Report on the Civil Veterinary Department, Eastern Bengal and Assam - 1907-1911
Year: 1907
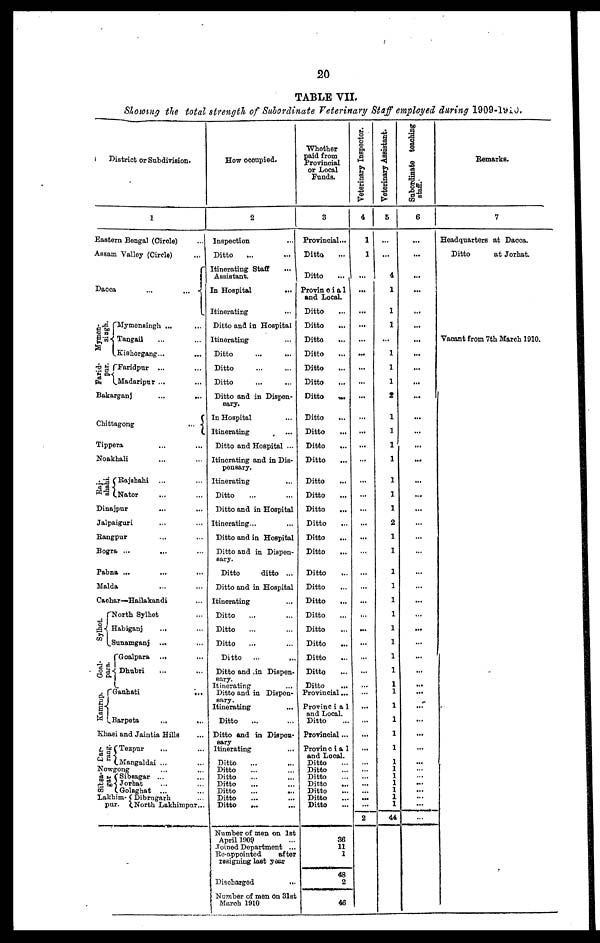
20
TABLE VII.
Slowing the total strength of Subordinate Veterinary Staff employed daring 1909-l910.
District or Subdivision.
1
Eastern Bengal (Circle) …
Assam Valley (Circle)
...
Dacca
...
...
Mymen-
singh.
Farid-
pur.
Mymensingh ... …
Tangail … …
Kishorgang ... …
Faridpur
... …
Madaripur ... …
Bakarganj
...
...
Tippera … …
Noakhali … …
shahi.
Rajshahi
... …
Nater … …
Dinajpur … …
Jalpaiguri … …
Rangpur … …
Bogra ... … …
Pabna ... … …
Malda … …
Cachar—-Hailakandi …
Sylhet.
Goal-
para.
Kamrup.
North Sylhet …
Habiganj
... …
Sunamganj ... …
Goalpara ... …
Dhubri … …
Gauhati
...
Barpeta … …
Khasi and Jaintia Hills …
Dar-
rang.
Tezpur … …
Mangaldai ... …
Nowgong … …
Sibsa-
gar
Sibsagar ... …
Jorhat … …
Golaghat ... …
Lakhim- Dibrugarh …
pur.
North Lakhimpur...
How occupied.
2
Inspection …
Ditto … …
Itinerating Staff
Assistant.
In Hospital
...
Itinerating …
Ditto and in Hospital
Itinerating …
Ditto … …
Ditto … …
Ditto … …
Ditto and in Dispen-
sary.
In Hospital …
Itinerating
Ditto and Hospital ...
Itinerating and in Dis-
pensary.
Itinerating …
Ditto … …
Ditto and in Hospital
Itinerating... …
Ditto and in Hospital
Ditto and in Dispen-
sary.
Ditto
ditto ...
Ditto and in Hospital
Itinerating …
Ditto … …
Ditto … …
Ditto … …
Ditto
... …
Ditto and in Dispen-
sary.
Itinerating …
Ditto and in Dispen-
sary.
Itinerating …
Ditto … …
Ditto and in Dispen-
sary
Itinerating
...
Ditto … …
Ditto … …
Ditto … …
Ditto … …
Ditto … …
Ditto … …
Ditto … …
Number of men on 1st
April 1909 …
Joined Department ...
Re-appointed
after
resigning last year
Discharged …
Number of men on 31st
March 1910
Whether
paid from
Provincial
or Local
Funds.
3
Provincial...
Ditto …
Ditto
...
Provincial
and Local.
Ditto …
Ditto …
Ditto …
Ditto …
Ditto …
Ditto …
Ditto …
Ditto …
Ditto …
Ditto …
Ditto …
Ditto …
Ditto …
Ditto …
Ditto …
Ditto …
Ditto …
Ditto …
Ditto …
Ditto …
Ditto …
Ditto …
Ditto …
Ditto …
Ditto …
Ditto …
Provincial ...
Provincia1
and Local.
Ditto …
Provincial ...
Provincia1
and Local.
Ditto …
Ditto …
Ditto …
Ditto …
Ditto …
Ditto …
Ditto …
36
11
1
48
2
46
Veterinary Inspector.
4
1
1
...
...
...
...
...
...
...
...
...
...
...
...
...
...
...
...
...
...
...
...
...
...
...
...
...
...
...
…
...
...
...
...
… ...
...
...
...
...
...
2
Veterinary Assistant.
5
...
...
4
1
1
1
...
1
1
1
2
1
1
1
1
1
1
1
2
1
1
1
1
1
1
1
1
1
1
1
1
1
1
1
1
1
1
1
1
1
1
1
44
Subordinate teaching
staff.
6
...
...
...
...
...
...
...
...
...
...
...
...
...
...
...
...
...
...
...
...
...
...
...
...
...
...
...
...
...
...
...
...
...
...
...
...
...
...
...
...
...
...
...
Remarks.
7
Headquarters at Dacca.
Ditto
at Jorhat.
Vacant from 7th March 1910.